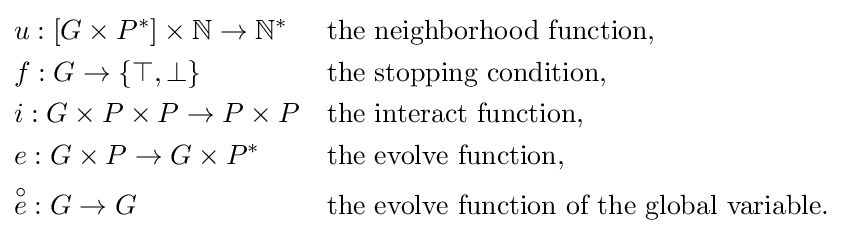
{\begin{aligned}&u:[G\times P^{*}]\times \mathbb {N} \rightarrow \mathbb {N} ^{*}&&{\text{the neighborhood function,}}\\&f:G\rightarrow \{\top ,\bot \}&&{\text{the stopping condition,}}\\&i:G\times P\times P\rightarrow P\times P&&{\text{the interact  function,}}\\&e:G\times P\rightarrow G\times P^{*}\ &&{\text{the evolve function,}}\\&{\overset {\circ }{e}}:G\rightarrow G&&{\text{the evolve function of the global variable.}}\end{aligned}}